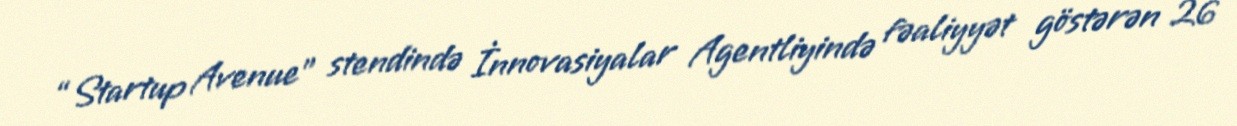
“Startup Avenue” stendində İnnovasiyalar Agentliyində fəaliyyət göstərən 26